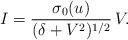
LaTeX: \begin{align*} I=\frac{\sigma_0(u)}{(\delta+V^2)^{1/2}}\,V.\end{align*}